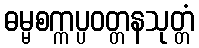
ဓမ္မစက္ကပ္ပဝတ္တနသုတ္တံ